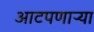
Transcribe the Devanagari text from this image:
आटपणाऱ्या